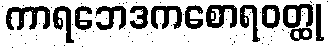
ကာရဘေဒကစောရဝတ္ထု